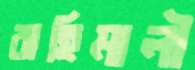
বাহিমালী